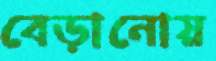
বেড়ানোয়